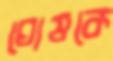
ঘোষকে